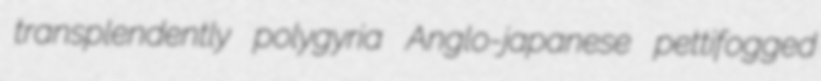
transplendently polygyria Anglo-japanese pettifogged